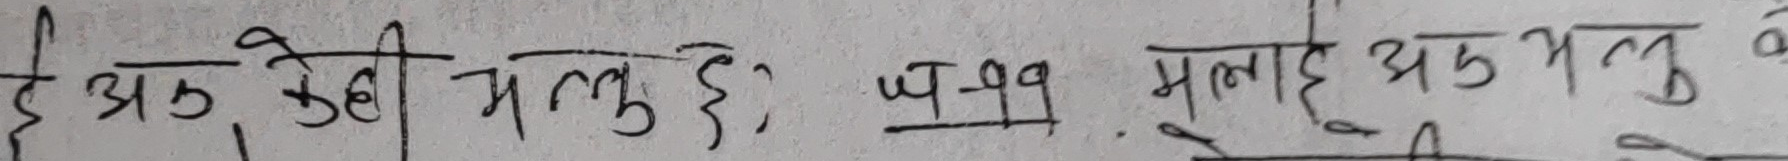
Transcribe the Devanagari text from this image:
यो एक केही मलु छ। प-९९. मलाई एक भलु के